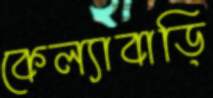
কেল্যাবাড়ি